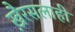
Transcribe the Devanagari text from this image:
खै़रसलाही